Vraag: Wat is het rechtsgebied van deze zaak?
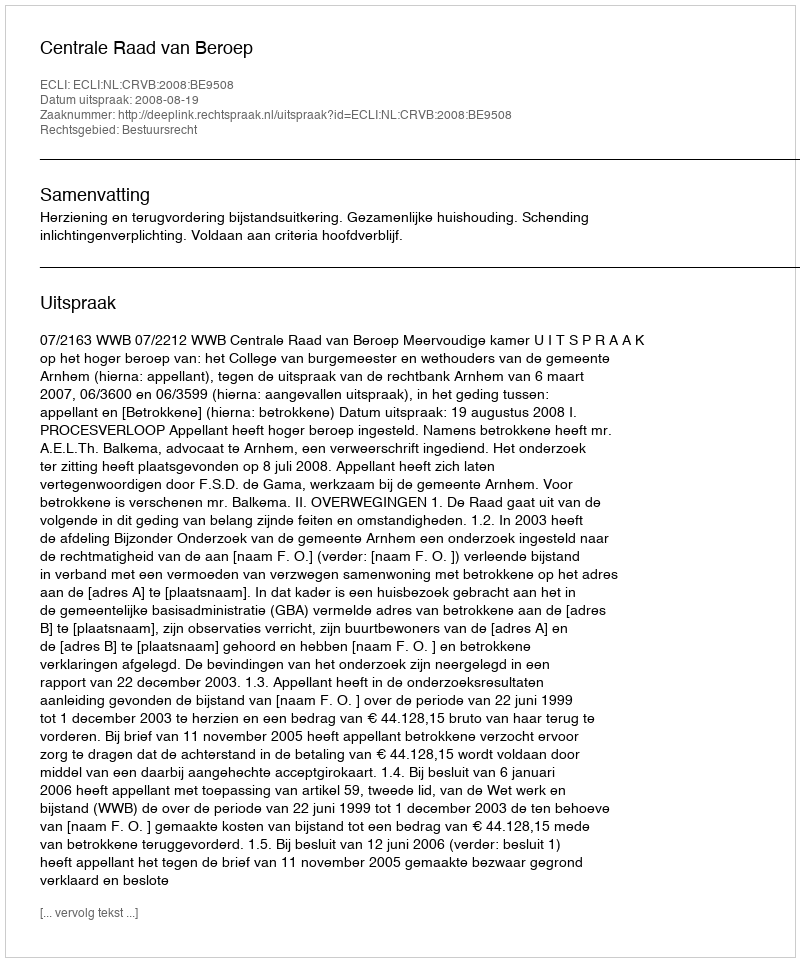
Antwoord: Bestuursrecht